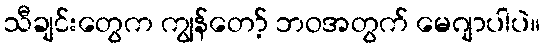
သီချင်းတွေက ကျွန်တော့် ဘဝအတွက် မေဂျာပါပဲ။